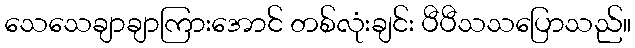
သေသေချာချာကြားအောင် တစ်လုံးချင်း ပီပီသသပြောသည်။